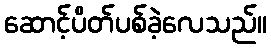
ဆောင့်ပိတ်ပစ်ခဲ့လေသည်။